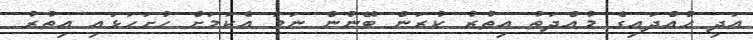
އަދި ހުއްދައިގެ މުއްދަތު އިތުރު ކުރަން ބޭނުން ނަމަ އެކަމަށް ހުށަޙަޅައި އިތުރު